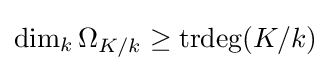
\dim _{k}\Omega _{K/k}\geq \operatorname {trdeg} (K/k)